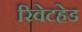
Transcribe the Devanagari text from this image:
रिवेटहेड